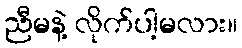
ညီမနဲ့ လိုက်ပါ့မလား။